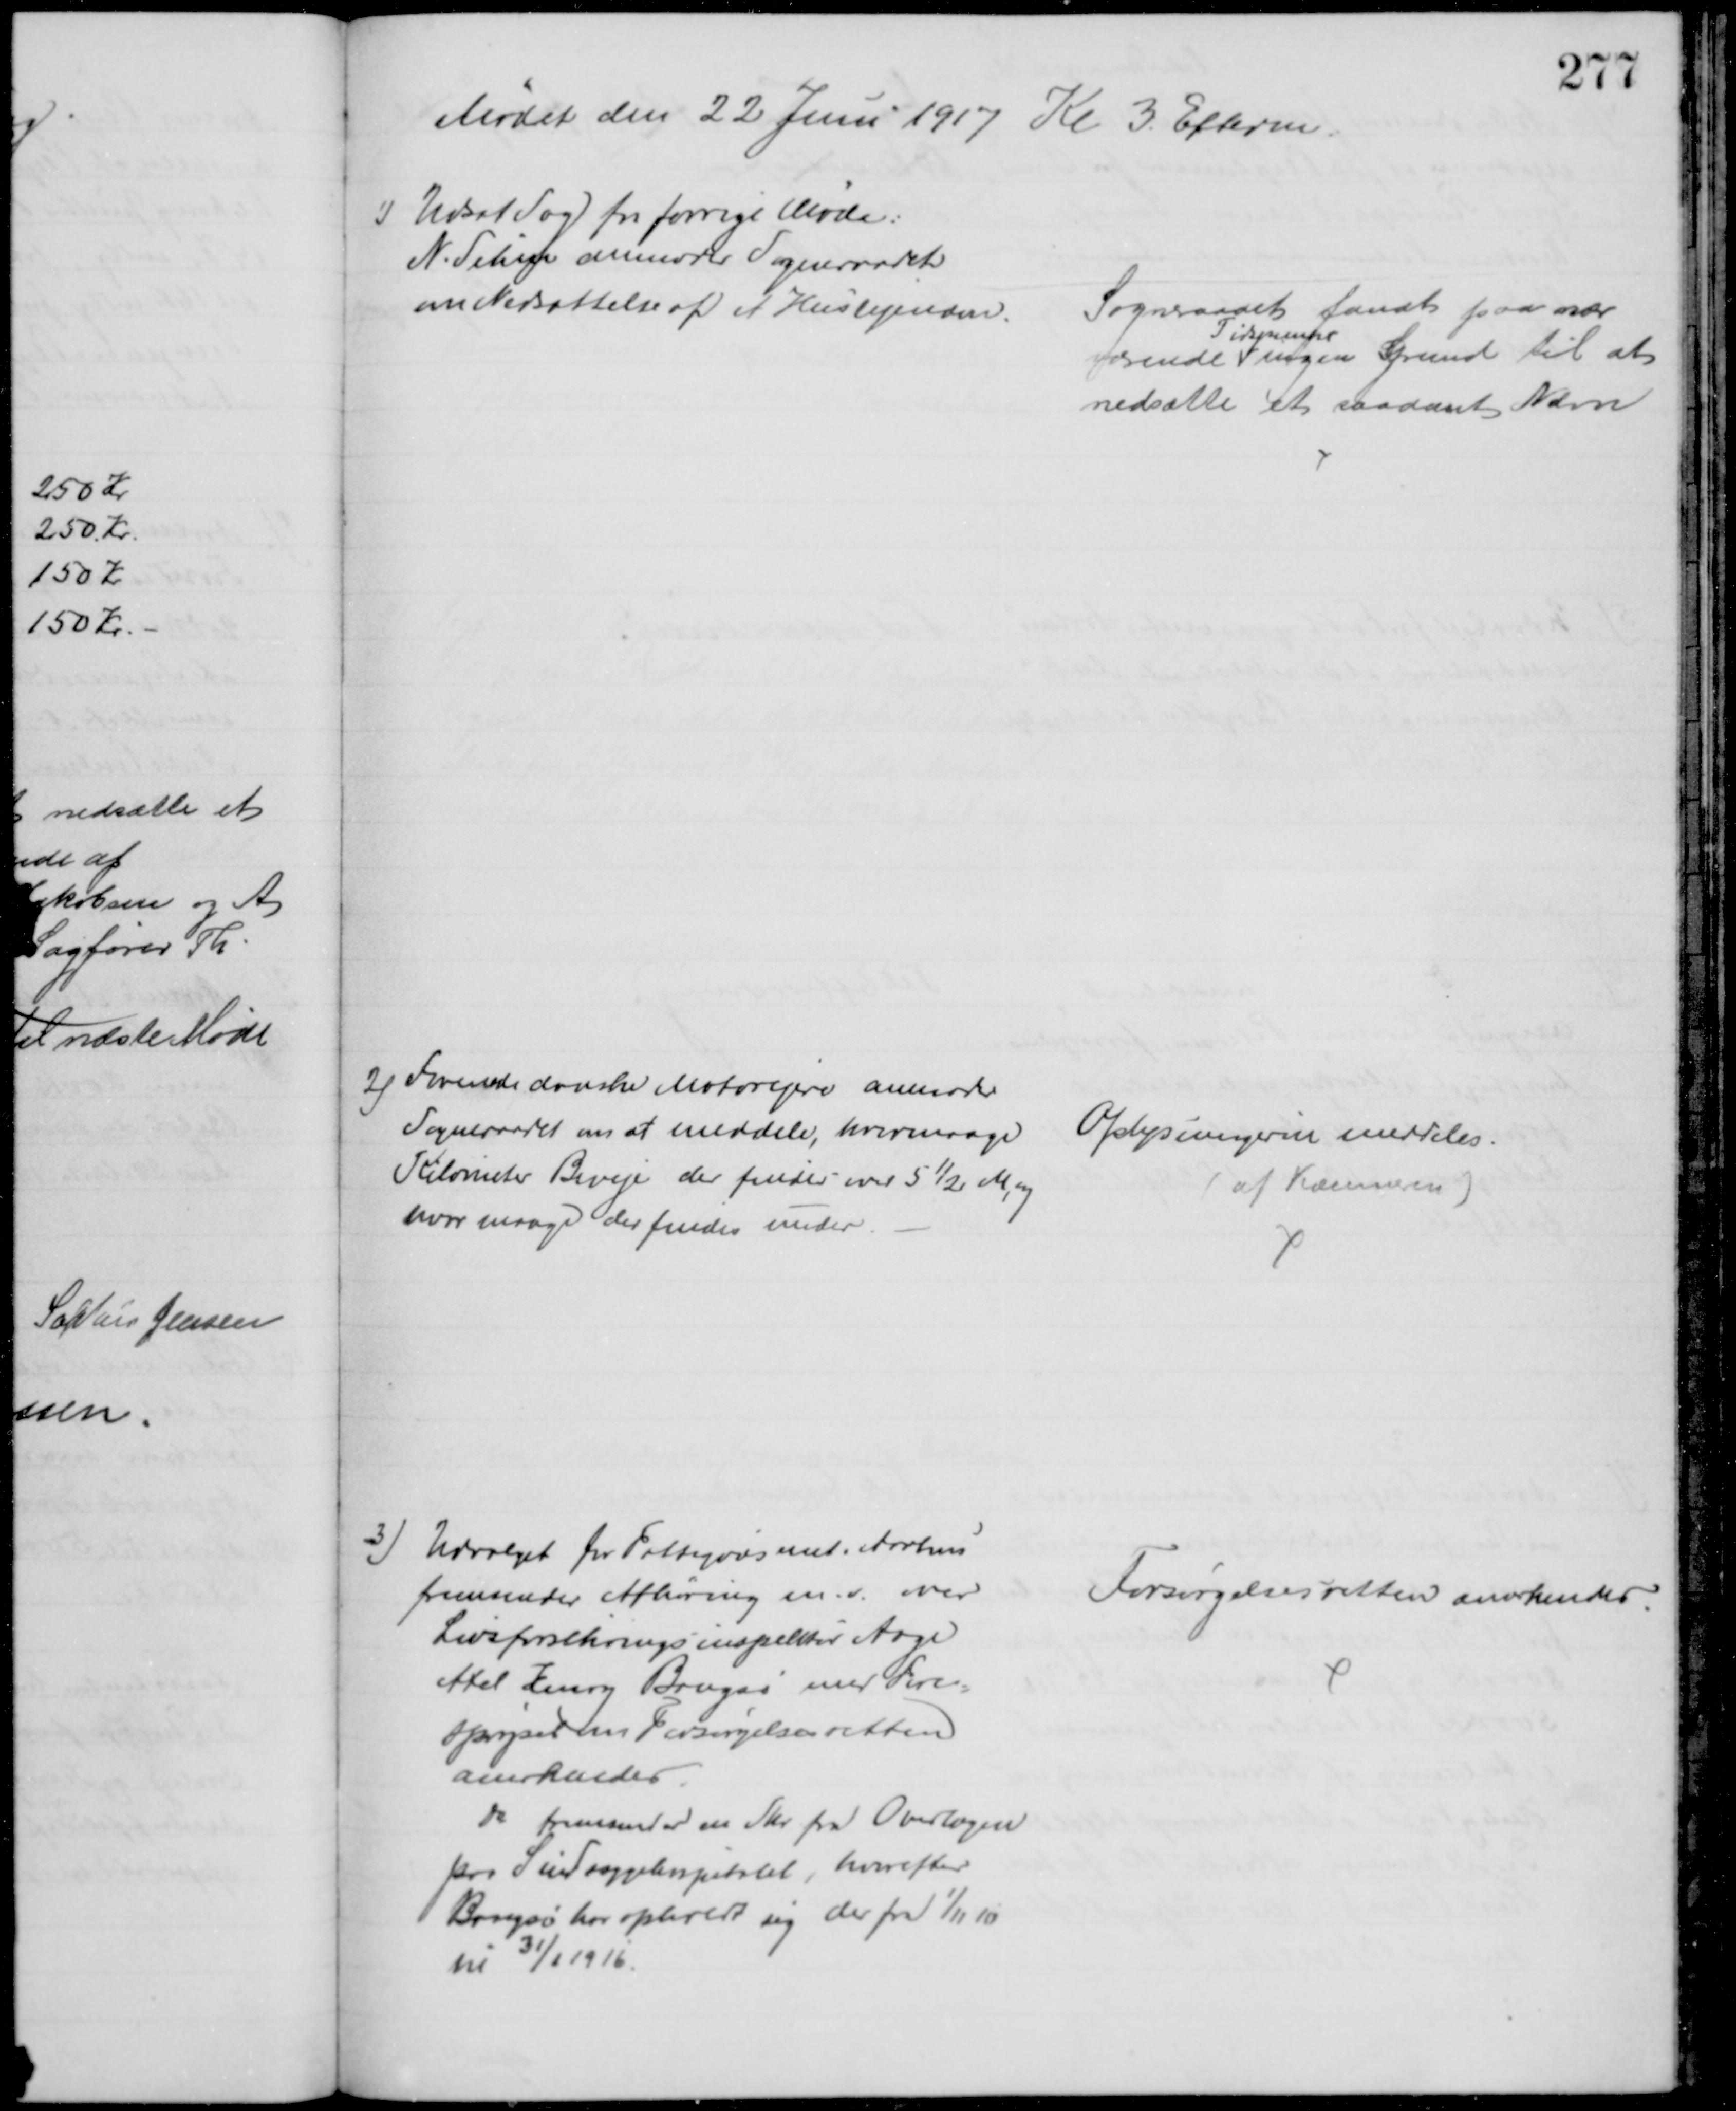
Transskription:
Mødet den 22 Juni 1917 Kl 3. Efterm.
1) Udsat Sag for forrige Møde:
N. Sihm anmoder Sogneraadet
om Nedsættelse af et Huslejenævn.
Sogneraadet fandt paa nær
værende  
Tidspunkt
ingen Grund til at 
nedsætte et saadant Nævn
2) Forenede danske Motorejere anmoder
Sogneraadet om at meddele, hvormange
Kilometer Biveje der findes over 5½ M, og
hvor mange der findes under.
Oplysningerne meddeles.
(af Kæmneren)
3) Udvalget for Fattigvæsenet i Aarhus
fremsender Afhøring m.v. over
Livsforsikringsinspektør Aage
Axel Henry Bangsø med Fore-
spørgsel om Forsørgelsesretten
anerkendes.
Do fremsender en Skr. fra Overlægen
paa Sindsygehospitalet, hvorefter
Bangsø har opholdt sig der fra 1/11 10
til 31/1 1916.
Forsørgelsesretten anerkendes.